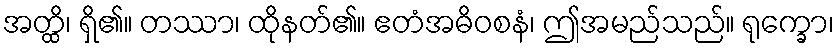
အတ္ထိ၊ ရှိ၏။ တဿာ၊ ထိုနတ်၏။ ဧတံအဓိဝစနံ၊ ဤအမည်သည်။ ရုက္ခော၊